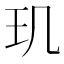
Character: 玑